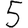
Digit: 5